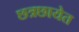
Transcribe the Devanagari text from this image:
छत्रछायेत